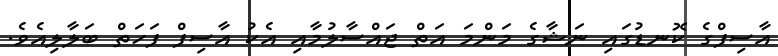
އާސިފްގެ ކޮނޑުގައި ނަޝާގެ މަންމަ އަތް ޖައްސާލުމާއި އެކު އާސިފް ފަހަތް ބަލާލިއެވެ.